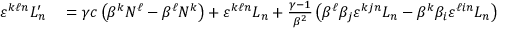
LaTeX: \begin{array} { r l } { \varepsilon ^ { k \ell n } L _ { n } ^ { \prime } } & { { } = \gamma c \left( \beta ^ { k } N ^ { \ell } - \beta ^ { \ell } N ^ { k } \right) + \varepsilon ^ { k \ell n } L _ { n } + { \frac { \gamma - 1 } { \beta ^ { 2 } } } \left( \beta ^ { \ell } \beta _ { j } \varepsilon ^ { k j n } L _ { n } - \beta ^ { k } \beta _ { i } \varepsilon ^ { \ell i n } L _ { n } \right) } \end{array}